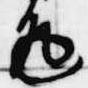
返